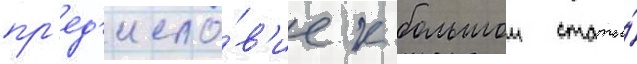
пр'ед'исло́в'ие к большои статье́